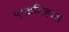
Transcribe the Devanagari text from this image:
५१इतिहास